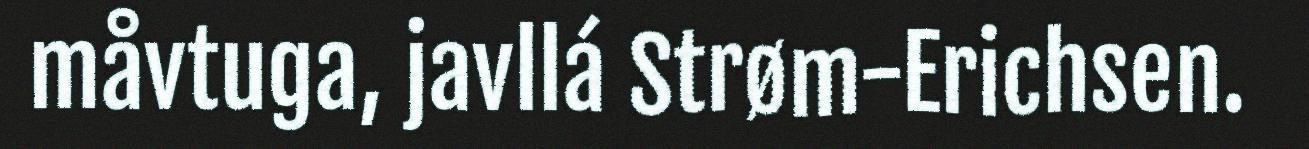
måvtuga, javllá Strøm-Erichsen.